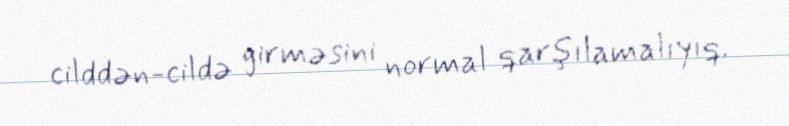
cilddən-cildə girməsini normal qarşılamalıyıq.